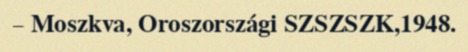
– Moszkva, Oroszországi SZSZSZK,1948.